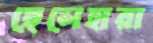
ছেলেহারা